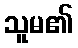
သူမ၏